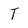
Character: T